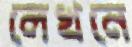
লেখনে